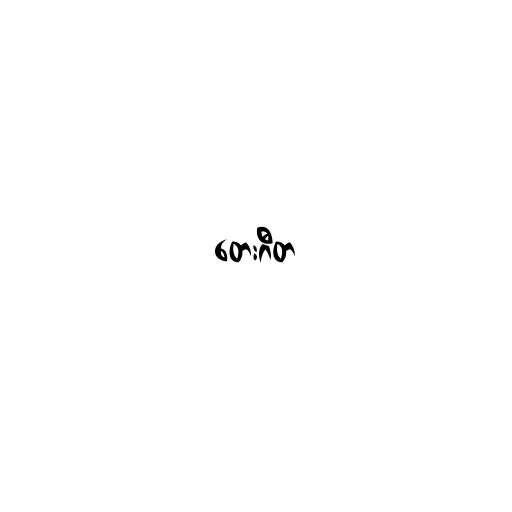
တေးဂီတ